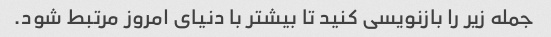
جمله زیر را بازنویسی کنید تا بیشتر با دنیای امروز مرتبط شود.